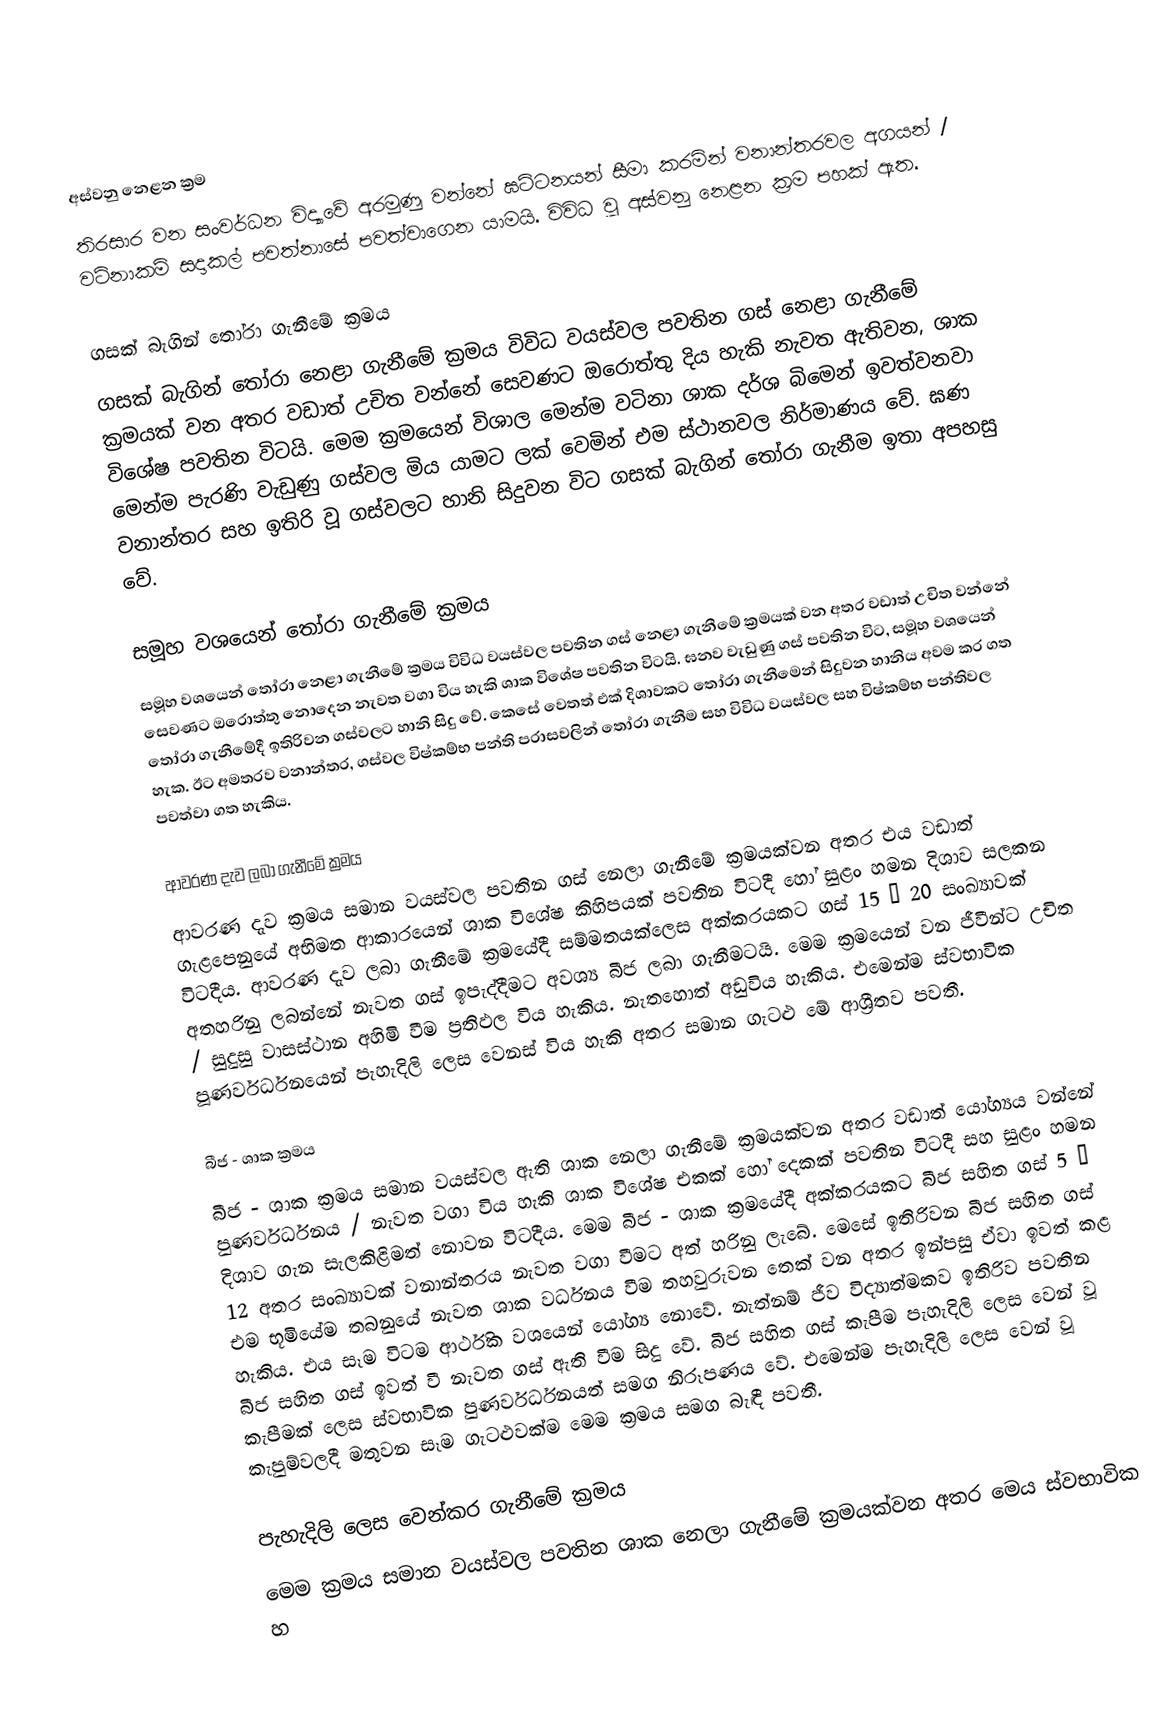

අස්වනු නෙළන ක්‍රම
තිරසාර වන සංවර්ධන විද්‍යාවේ අරමුණු වන්නේ ඝට්ටනයන් සීමා කරමින් වනාන්තරවල අගයන් / වටිනාකම් සදාකල් පවත්නා‍සේ පවත්වාගෙන යාමයි. විවිධ වූ අස්වනු නෙළන  ක්‍රම පහක් ඇත.

ගසක් බැගින් තෝරා ගැනීමේ ක්‍රමය
ගසක් බැගින් තෝරා නෙළා ගැනීමේ ක්‍රමය විවිධ වයස්වල පවතින ගස් නෙළා ගැනීමේ ක්‍රමයක් වන  අතර වඩාත් උචිත වන්නේ සෙවණට ඔරොත්තු දිය හැකි නැවත ඇතිවන, ශාක විශේෂ පවතින විටයි. මෙම ක්‍රමයෙන් විශාල මෙන්ම වටිනා ශාක දර්ශ බිමෙන් ඉවත්වනවා මෙන්ම පැරණි වැඩුණු ගස්වල මිය යාමට ලක් වෙමින් එම ස්ථානවල නිර්මාණය වේ. ඝණ වනාන්තර සහ ඉතිරි වූ ගස්වලට හානි සිදුවන විට ගසක් බැගින් තෝරා ගැනීම ඉතා අපහසු වේ.

සමූහ වශයෙන් තෝරා ගැනීමේ ක්‍රමය
සමූහ වශයෙන් තෝරා නෙළා ගැනීමේ ක්‍රමය විවිධ වයස්වල පවතින ගස් නෙළා ගැනීමේ ක්‍රමයක් වන අතර වඩාත් උචිත වන්නේ සෙවණට ඔරොත්තු නොදෙන නැවත වගා විය හැකි ශාක විශේෂ පවතින විටයි. ඝනව වැඩුණු ගස් පවතින විට, සමූහ වශයෙන් තෝරා ගැනීමේදී ඉතිරිවන ගස්වලට හානි සිදු වේ. කෙසේ වෙතත් එක් දිශාවකට තෝරා ගැනීමෙන් සිදුවන හානිය අවම කර ගත හැක. ඊ‍ට අමතරව වනාන්තර, ගස්වල විෂ්කම්භ පන්ති පරාසවලින් තෝරා ගැනීම සහ විවිධ වයස්වල සහ විෂ්කම්භ පන්තිවල පවත්වා ගත හැකිය.

ආවරණ දැව ලබා ගැනීමේ ක්‍රමය
ආවරණ දැව ක්‍රමය සමාන වයස්වල පවතින ගස් නෙලා ගැනීමේ ක්‍රමයක්වන අතර එය වඩාත් ගැළපෙනුයේ අභිමත ආකාරයෙන් ශාක විශේෂ කිහිපයක් පවතින විටදී හෝ සුළං හමන දිශාව සලකන විටදීය. ආවරණ දැව ලබා ගැනීමේ ක්‍රමයේදී සම්මතයක්‍ලෙස අක්කරයකට ගස් 15 – 20 සංඛ්‍යාවක් අතහරිනු ලබන්නේ නැවත ගස් ඉපැද්දීමට අවශ්‍ය බීජ ලබා ගැනීමටයි. මෙම ක්‍රමයෙන් වන ජීවීන්ට උචිත / සුදුසු වාසස්ථාන අහිමි වීම ප්‍රතිඵල විය හැකිය. නැතහොත් අඩුවිය හැකිය. එමෙන්ම ස්වභාවික පූණර්වර්ධනයෙන් පැහැදිලි ලෙස වෙනස් විය හැකි අතර සමාන ගැටළු මේ ආශ්‍රීතව පවතී.

බීජ - ශාක ක්‍රමය
බීජ - ශාක ක්‍රමය සමාන වයස්වල ඇති ශාක නෙලා ගැනීමේ ක්‍රමයක්වන අතර වඩාත් යෝග්‍යය වන්නේ පුණර්වර්ධනය / නැවත වගා විය හැකි ශාක විශේෂ එකක් හෝ දෙකක් පවතින විටදී සහ සුළං හමන දිශාව ගැන සැලකිළිමත් නොවන විටදීය. මෙම බීජ - ශාක ක්‍රමයේදී අක්කරයකට බීජ සහිත ගස් 5 – 12 අතර සංඛ්‍යාවක් වනාන්තරය නැවත වගා වීමට අත් හරිනු ලැබේ. මෙසේ ඉතිරිවන බීජ සහිත ගස් එම භූමියේම තබනුයේ නැවත ශාක වර්ධනය වීම තහවුරුවන තෙක් වන අතර ඉන්පසු  ඒවා ඉවත් කළ හැකිය. එය සෑම විටම ආර්ථික වශයෙන් යෝග්‍ය නොවේ. නැත්නම් ජීව විද්‍යාත්මකව ඉතිරිව පවතින බීජ සහිත ගස් ඉවත් වී නැවත ගස් ඇති වීම සිදු වේ. බීජ සහිත ගස් කැපීම පැහැදිලි ලෙස වෙන් වූ කැපීමක් ලෙස ස්වභාවික පුණර්වර්ධනයත් සමග නිරූපණය වේ. එමෙන්ම පැහැදිලි ලෙස වෙන් වූ කැපුම්වලදී මතුවන සෑම ගැටළුවක්ම මෙම ක්‍රමය සමග බැඳී පවතී.

පැහැදිලි ලෙස වෙන්කර ගැනීමේ ක්‍රමය
මෙම ක්‍රමය සමාන වයස්වල පවතින ශාක නෙලා ගැනීමේ ක්‍රමයක්වන අතර මෙය ස්වභාවික හ